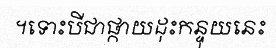
។ទោះបីជាផ្កាយដុះកន្ទុយនេះ